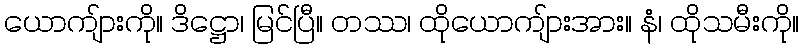
ယောကျ်ားကို။ ဒိဋ္ဌော၊ မြင်ပြီ။ တဿ၊ ထိုယောကျ်ားအား။ နံ၊ ထိုသမီးကို။